Scottish Certificate of Education, 1962
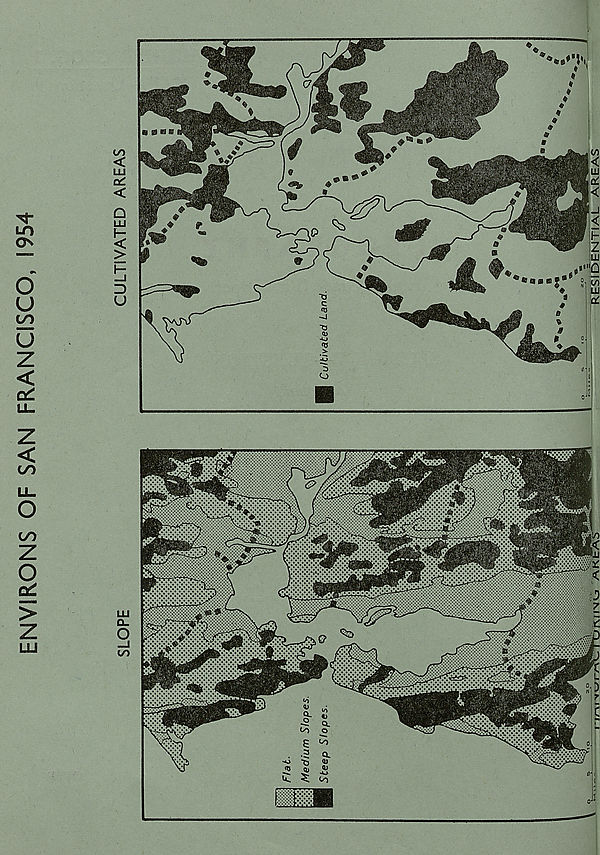
ENVIRONS OF SAN FRANCISCO, 1954
LU
Q_
O _1
CO